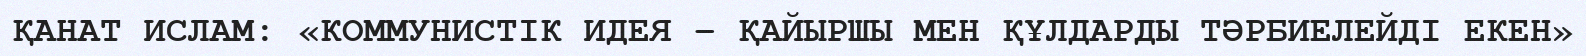
ҚАНАТ ИСЛАМ: «КОММУНИСТІК ИДЕЯ – ҚАЙЫРШЫ МЕН ҚҰЛДАРДЫ ТӘРБИЕЛЕЙДІ ЕКЕН»